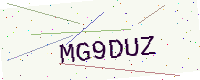
Text: MG9DUZ